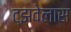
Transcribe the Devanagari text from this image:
ट्झवेलास